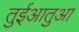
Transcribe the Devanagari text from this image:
तुईआतुआ